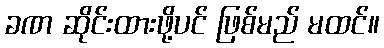
ခဏ ဆိုင်းထားဖို့ပင် ဖြစ်မည် မထင်။